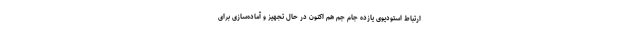
ارتباط استودیوی یازده جام جم هم اکنون در حال تجهیز و آماده‌سازی برای